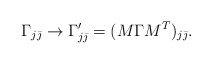
\begin{align*}\Gamma_{j\bar{\jmath}}\rightarrow\Gamma^\prime_{j\bar{\jmath}}=(M\Gamma M^T)_{j\bar{\jmath}}. \end{align*}